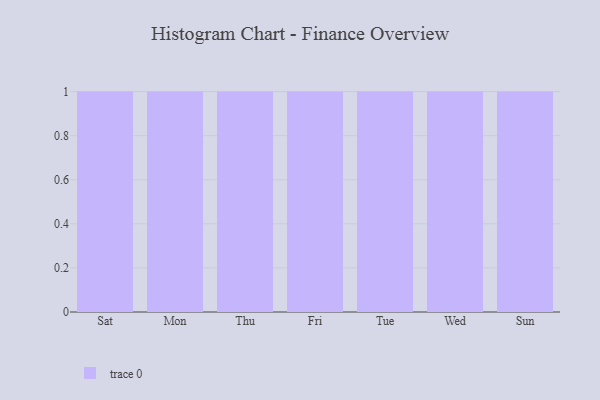
{"axis": {"x": "Day", "y": "Budget (USD K)"}, "legend": [""], "data": [{"x": "Sat", "y": 21, "type": ""}, {"x": "Mon", "y": 49, "type": ""}, {"x": "Thu", "y": 57, "type": ""}, {"x": "Fri", "y": 88, "type": ""}, {"x": "Tue", "y": 10, "type": ""}, {"x": "Wed", "y": 41, "type": ""}, {"x": "Sun", "y": 65, "type": ""}]}